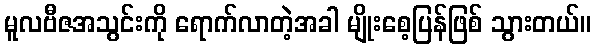
မူလဗီဇအသွင်းကို ရောက်လာတဲ့အခါ မျိုးစေ့ပြန်ဖြစ် သွားတယ်။